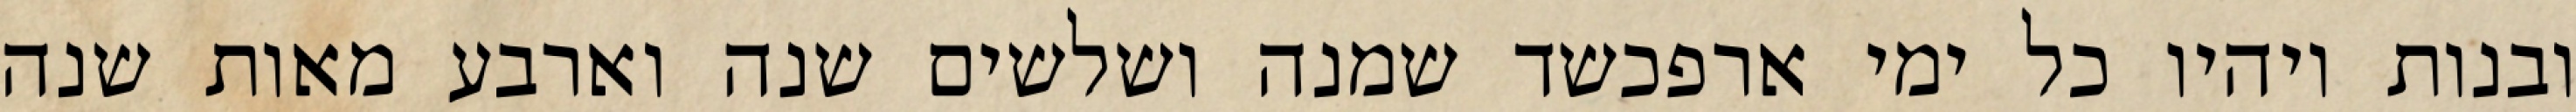
ובנות ויהיו כל ימי ארפכשד שמנה ושלשים שנה וארבע מאות שנה